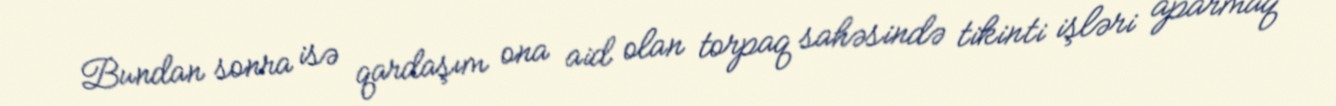
Bundan sonra isə qardaşım ona aid olan torpaq sahəsində tikinti işləri aparmaq